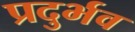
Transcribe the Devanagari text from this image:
प्रदुर्भव